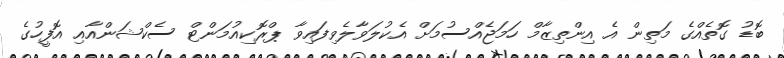
ބޮޑު ގޮތެއްގެ މަތިން އެ އިންތިޒާމް ހަމަޖެއްސުމަށް އެކުލަވާލެވިފައިވާ ޕްރޮކިއުމަންޓް ސެކްޝަންއާއި އޮފީހުގެ